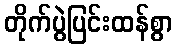
တိုက်ပွဲပြင်းထန်စွာ